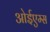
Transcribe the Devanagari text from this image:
ओईएम्स